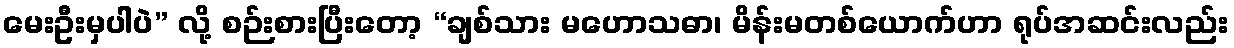
မေးဦးမှပါပဲ” လို့ စဉ်းစားပြီးတော့ “ချစ်သား မဟောသဓာ၊ မိန်းမတစ်ယောက်ဟာ ရုပ်အဆင်းလည်း